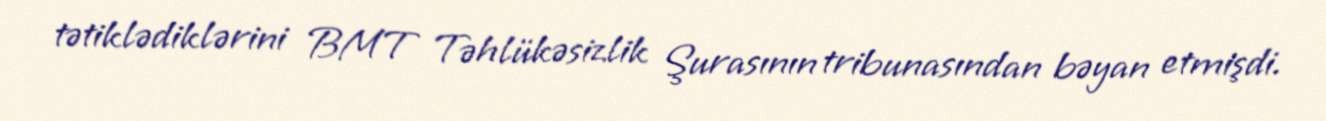
tətiklədiklərini BMT Təhlükəsizlik Şurasının tribunasından bəyan etmişdi.